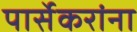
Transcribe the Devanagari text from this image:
पार्सेकरांना